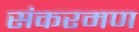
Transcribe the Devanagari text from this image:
संकरमण